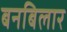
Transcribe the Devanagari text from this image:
बनबिलार